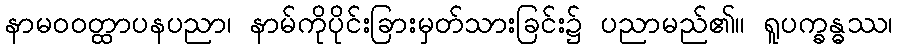
နာမဝဝတ္ထာပနပညာ၊ နာမ်ကိုပိုင်းခြားမှတ်သားခြင်း၌ ပညာမည်၏။ ရူပက္ခန္ဓဿ၊